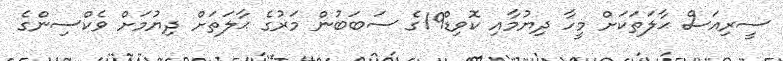
ސީރިއަސް ޙާލަތަކަށް މީހާ ދިޔުމާއި ކޮވިޑް19ގެ ސަބަބުން މަރުގެ ޙާލަތަށް ދިޔުމަށް ވެކްސިންގެ